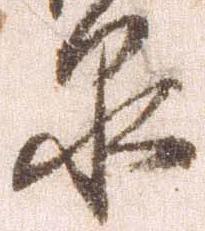
泉